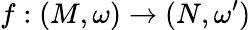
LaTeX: f:(M,\omega)\rightarrow(N,\omega^{\prime})